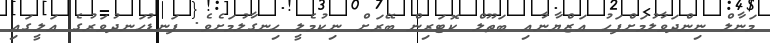
މަނާލް ނިންދަވާލުމަށްފަހު އަޒްޔާނާއި ބަތޫލް ކޮޓަރިން ބޭރަށް ނިކުމެލީ ހިނގާލުމަށެވެ. ފަނޑުހަނދުވަރުގެ އަލީގައި